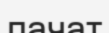
пачат